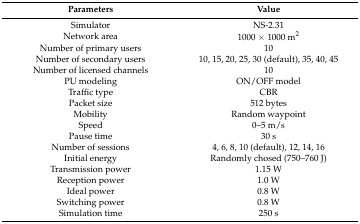
<table><thead><tr><td><b>Parameters</b></td><td><b>Value</b></td></tr></thead><tbody><tr><td>Simulator</td><td>NS-2.31</td></tr><tr><td>Network area</td><td>1000 × 1000 m<sup>2</sup></td></tr><tr><td>Number of primary users</td><td>10</td></tr><tr><td>Number of secondary users</td><td>10, 15, 20, 25, 30 (default), 35, 40, 45</td></tr><tr><td>Number of licensed channels</td><td>10</td></tr><tr><td>PU modeling</td><td>ON/OFF model</td></tr><tr><td>Traffic type</td><td>CBR</td></tr><tr><td>Packet size</td><td>512 bytes</td></tr><tr><td>Mobility</td><td>Random waypoint</td></tr><tr><td>Speed</td><td>0–5 m/s</td></tr><tr><td>Pause time</td><td>30 s</td></tr><tr><td>Number of sessions</td><td>4, 6, 8, 10 (default), 12, 14, 16</td></tr><tr><td>Initial energy</td><td>Randomly chosed (750–760 J)</td></tr><tr><td>Transmission power</td><td>1.15 W</td></tr><tr><td>Reception power</td><td>1.0 W</td></tr><tr><td>Ideal power</td><td>0.8 W</td></tr><tr><td>Switching power</td><td>0.8 W</td></tr><tr><td>Simulation time</td><td>250 s</td></tr></tbody></table>